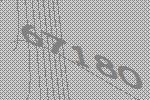
67180